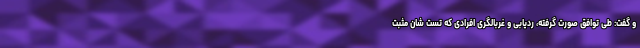
و گفت: طی توافق صورت گرفته، ردیابی و غربالگری افرادی که تست شان مثبت